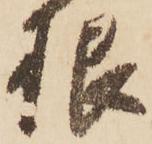
根